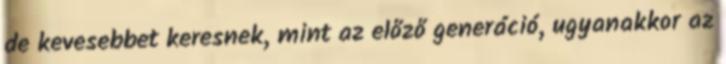
de kevesebbet keresnek, mint az előző generáció, ugyanakkor az